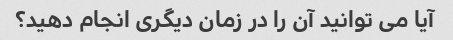
آیا می توانید آن را در زمان دیگری انجام دهید؟